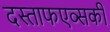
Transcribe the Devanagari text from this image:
दस्ताफएव्सकी